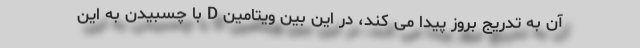
آن به تدریج بروز پیدا می کند، در این بین ویتامین D با چسبیدن به این